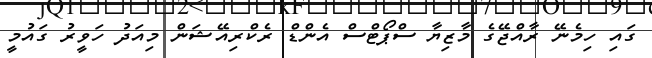
ގައި ހިމެނޭ ރާއްޖޭގެ މާޒިޔާ ސްޕޯޓްސް އެންޑް ރެކްރިއޭޝަން މިއަދު ހަވީރު ގައުމީ